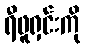
ရီဖူရှင်းကို